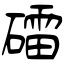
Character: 礌